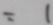
= 1